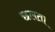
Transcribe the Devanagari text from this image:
छलता